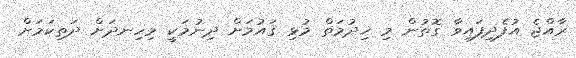
ރާއްޖެ އުފެދިފައިވާ ގޮތުން މި ޚިދުމަތް މުޅި ޤައުމަށް ދިނުމަކީ މިހިނދަށް ދަތިކަމަށް